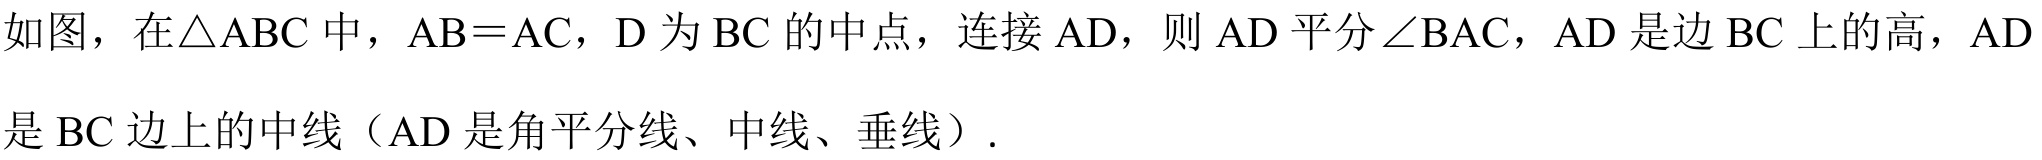
如图，在\(\triangle ABC\)中，\(AB = AC\)，\(D\) 为 \(BC\) 的中点，连接 \(AD\)，则 \(AD\) 平分 \(\angle BAC\)，\(AD\) 是边 \(BC\) 上的高，\(AD\) 是 \(BC\) 边上的中线（\(AD\) 是角平分线、中线、垂线）.